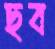
ছব